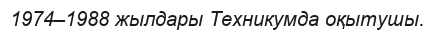
1974–1988 жылдары Техникумда оқытушы.